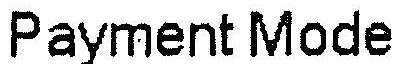
PAYMENT MODE